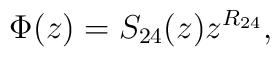
\Phi(z)=S_{24}(z)z^{R_{24}},